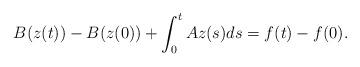
LaTeX: \begin{align*}B({{z}}(t)) - B({z}(0))+ \int_{0}^{t}A {z}(s)ds= f(t) - f(0).\end{align*}